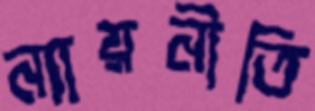
ন্যায়নীতি